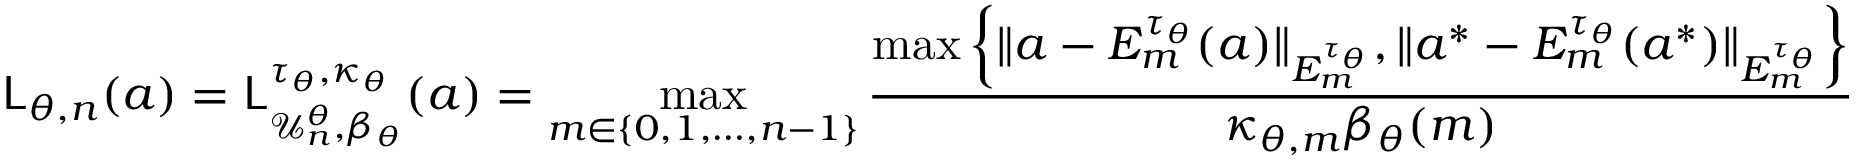
{ \mathsf { L } } _ { \theta , n } ( a ) = { \mathsf { L } } _ { \mathcal { U } _ { n } ^ { \theta } , \beta _ { \theta } } ^ { \tau _ { \theta } , \kappa _ { \theta } } ( a ) = \operatorname* { m a x } _ { m \in \{ 0 , 1 , \ldots , n - 1 \} } \frac { \operatorname* { m a x } \left\{ \| a - E _ { m } ^ { \tau _ { \theta } } ( a ) \| _ { E _ { m } ^ { \tau _ { \theta } } } , \| a ^ { * } - E _ { m } ^ { \tau _ { \theta } } ( a ^ { * } ) \| _ { E _ { m } ^ { \tau _ { \theta } } } \right\} } { \kappa _ { \theta , m } \beta _ { \theta } ( m ) }